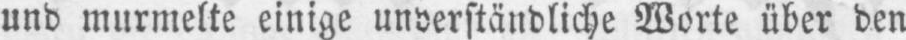
und murmelte einige unverständliche Worte über den